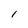
Character: l